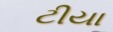
ટીયા